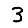
Digit: 3